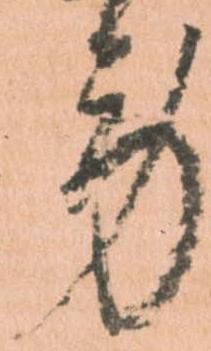
労